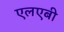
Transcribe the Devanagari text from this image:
एलएबी